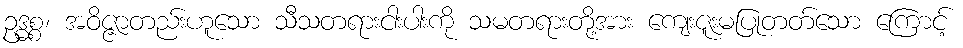
ဥဒ္ဓစ္စ၊ အဝိဇ္ဇာတည်းဟူသော သီသတရားငါးပါးကို သမတရားတို့အား ကျေးဇူးမပြုတတ်သော ကြောင့်